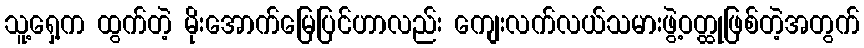
သူ့ရှေ့က ထွက်တဲ့ မိုးအောက်မြေပြင်ဟာလည်း ကျေးလက်လယ်သမားဖွဲ့ဝတ္ထုဖြစ်တဲ့အတွက်